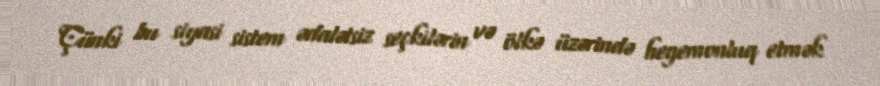
Çünki bu siyasi sistem ədalətsiz seçkilərin və ölkə üzərində hegemonluq etmək